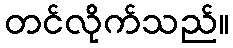
တင်လိုက်သည်။